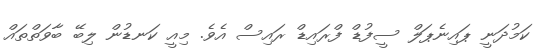
ކަމުދަނީ ޕައިނެޕަލް ސީފުޑް ފްރައިޑް ރައިސް އެވެ. މިއީ ކަނޑުން ލިބޭ ބާވަތްތައް